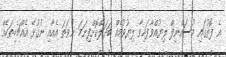
އެ ފޮތުގައި މުސައްނިފް ލިޔުއްވާފައިވާ ލިޔުވުމެއް ބަދަލްކޮށްފިނަމަ ނުވަތަ އެއާއި ނުގުޅޭ އެއްޗެހިތަކެއް